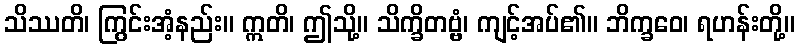
သိဿတိ၊ ကြွင်းအံ့နည်း။ ဣတိ၊ ဤသို့။ သိက္ခိတဗ္ဗံ၊ ကျင့်အပ်၏။ ဘိက္ခဝေ၊ ရဟန်းတို့။